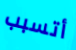
أتسبب